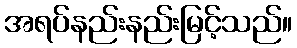
အရပ်နည်းနည်းမြင့်သည်။